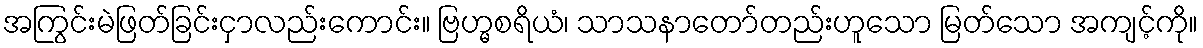
အကြွင်းမဲဖြတ်ခြင်းငှာလည်းကောင်း။ ဗြဟ္မစရိယံ၊ သာသနာတော်တည်းဟူသော မြတ်သော အကျင့်ကို။